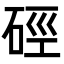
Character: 硜